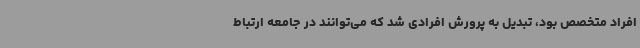
افراد متخصص بود، تبدیل به پرورش افرادی شد که می‌توانند در جامعه ارتباط